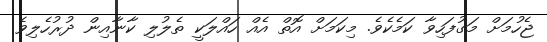
ޖެހުމަށް މަގުފަހިވާ ކަމެކެވެ. މިކަމަށް އޮތް އެއް ހައްލަކީ ތެލުލި ކާނާއިން ދުރުހެލިވެ